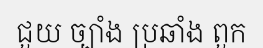
ជួយ ច្បាំង ប្រឆាំង ពួក